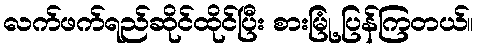
လက်ဖက်ရည်ဆိုင်ထိုင်ပြီး စားမြုံ့ ပြန်ကြတယ်။